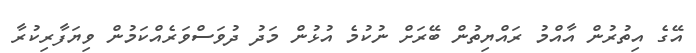
އޭގެ އިތުރުން އާއްމު ރައްޔިތުން ބޭރަށް ނުކުމެ އުޅުން މަދު ދުވަސްވަރެއްކަމުން ވިޔަފާރިކުރާ